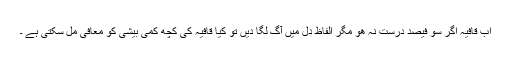
اب قافیہ اگر سو فیصد درست نہ ھو مگر الفاظ دل میں آگ لگا دیں تو کیا قافیہ کی کچھ کمی بیشی کو معافی مل سکتی ہے ۔